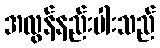
အလွန်နည်းပါးသည်